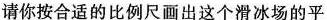
请你按合适的比例尺画出这个滑冰场的平